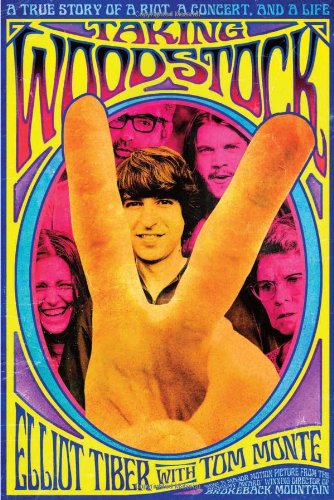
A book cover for Taking Woodstock: A True Story of a Riot, a Concert, and a Life; Elliot Tiber; Gay & Lesbian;